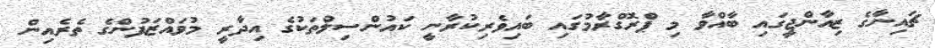
ޗައިނާގެ ޒިއާންޖީގައި ބާއްވާ މި ޕްރޮގްރާމުގައި ބައިވެރިކުރާނީ ކައުންސިލްތަކުގެ އިދާރީ މުވައްޒަފުންގެ ތެރެއިން